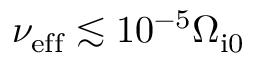
\nu _ { \mathrm { e f f } } \lesssim 1 0 ^ { - 5 } \Omega _ { \mathrm { i 0 } }